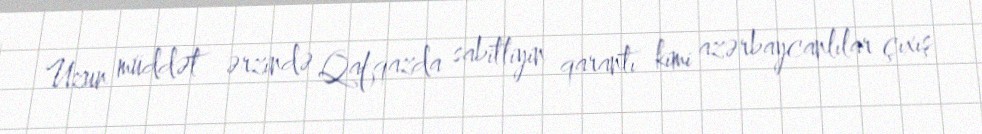
Uzun müddət ərzində Qafqazda sabitliyin qarantı kimi azərbaycanlılar çıxış